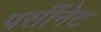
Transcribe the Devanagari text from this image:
पर्सीनेट